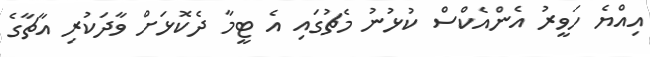
އިއްޔެ ހަވީރު އެންއެކްސް ކުޅުނު މެޗުގައި އެ ޓީމާ ދެކޮޅަށް ވާދަކުރި އާޗާގެ